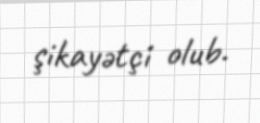
şikayətçi olub.